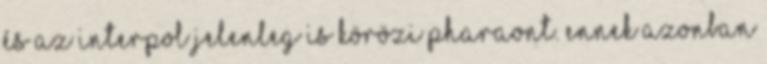
és az Interpol jelenleg is körözi Pharaont. Ennek azonban